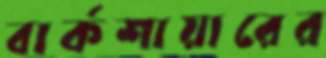
বার্কশায়ারের